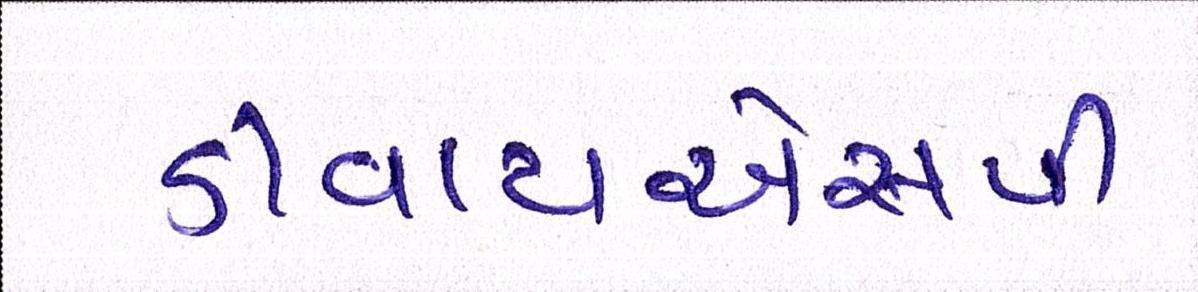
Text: ડીવાયએસપી